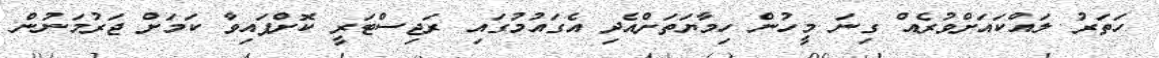
ހަތަރު ލައްކައަށްވުރެއް ގިނަ މީހުން ހިމާޔަތަށްއެދި އެގައުމުގައި ރަޖިސްޓަރީ ކޮށްފައިވާ ކަމަށް ޖަރުމަނުން